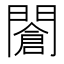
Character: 𨶆